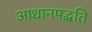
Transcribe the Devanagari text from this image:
आधानपद्धति